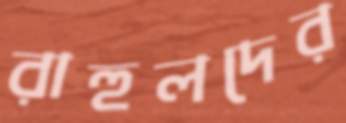
রাহুলদের